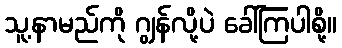
သူ့နာမည်ကို ဂျွန်လို့ပဲ ခေါ်ကြပါစို့။